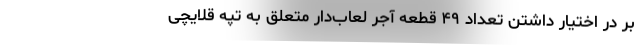
بر در اختیار داشتن تعداد ۴۹ قطعه آجر لعاب‌دار متعلق به تپه قلایچی